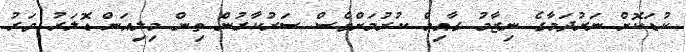
ކުޑަކޮށް ނަރުދަމާގެ ނިޒާމު ގާއިމް ކުރުމަށްވެސް ސަރުކާރުން ތިން މިލިއަން ޑޮލަރު ވަރު